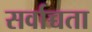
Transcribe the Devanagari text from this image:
सर्वाच्चता